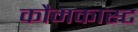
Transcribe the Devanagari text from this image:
कौमकास्ट